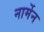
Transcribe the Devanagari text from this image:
नार्मेन